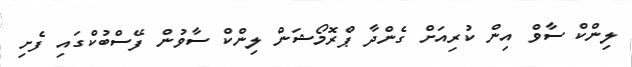
ލިންކް ސާވް އިން ކުރިއަށް ގެންދާ ޕްރޮމޯޝަން ލިންކް ސާވުން ފޭސްބުކްގައި ފެށި